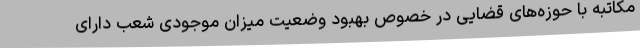
مکاتبه با حوزه‌های قضایی در خصوص بهبود وضعیت میزان موجودی شعب دارای